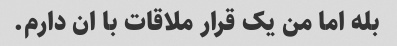
بله اما من یک قرار ملاقات با ان دارم.